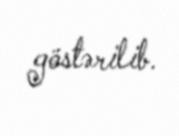
göstərilib.